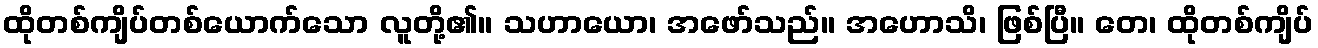
ထိုတစ်ကျိပ်တစ်ယောက်သော လူတို့၏။ သဟာယော၊ အဖော်သည်။ အဟောသိ၊ ဖြစ်ပြီ။ တေ၊ ထိုတစ်ကျိပ်